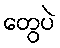
တွေပဲ